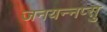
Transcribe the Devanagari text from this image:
जनयन्नप्सु